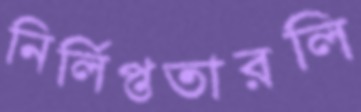
নির্লিপ্ততারলি